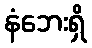
နံဘေးရှိ